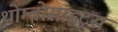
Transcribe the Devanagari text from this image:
थ्रोम्बोसाइट्स